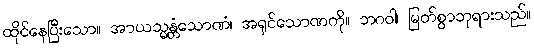
ထိုင်နေပြီးသော။ အာယသ္မန္တံသောဏံ၊ အရှင်သောဏကို။ ဘဂဝါ၊ မြတ်စွာဘုရားသည်။